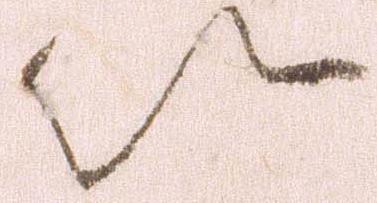
以